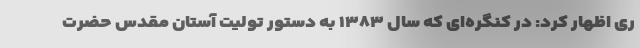
ری اظهار کرد: در کنگره‌ای که سال ۱۳۸۳ به دستور تولیت آستان مقدس حضرت